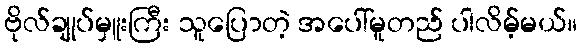
ဗိုလ်ချုပ်မှူးကြီး သူပြောတဲ့ အပေါ်မူတည် ပါလိမ့်မယ်။